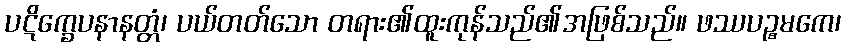
ပဋိက္ခေပနာနတ္တံ၊ ပယ်တတ်သော တရား၏ထူးကုန်သည်၏အဖြစ်သည်။ ဖဿပဉ္စမကေ၊